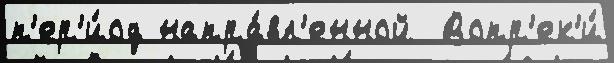
п'ер'и́од напра́вл'енной  Вопр'ек'и́